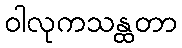
ဝါလုကသန္ထတာ